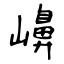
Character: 𡽶